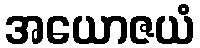
အယောဇယံ